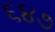
૬૪૭